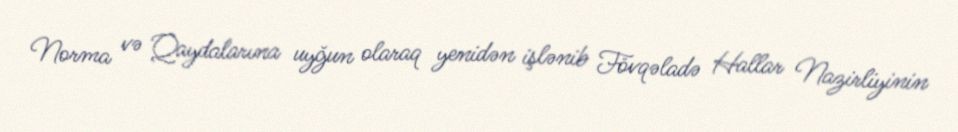
Norma və Qaydalarına uyğun olaraq yenidən işlənib Fövqəladə Hallar Nazirliyinin